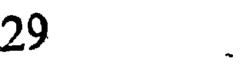
29